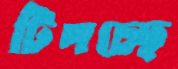
টিপচ্ছে